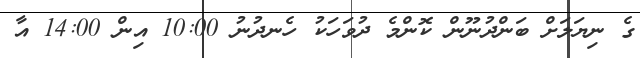
ގެ ނިޔަލަށް ބަންދުނޫން ކޮންމެ ދުވަހަކު ހެނދުނު 10:00 އިން 14:00 އާ